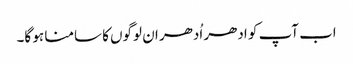
اب آپ کو ادھر اُدھر ان لوگوں کا سامنا ہو گا۔